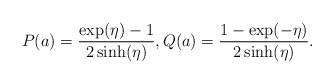
\begin{align*}P(a) = \frac{\exp(\eta)-1}{2 \sinh(\eta)}, Q(a) = \frac{1-\exp(-\eta)}{2\sinh(\eta)}.\end{align*}